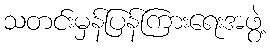
သတင်းမှန်ပြန်ကြားရေးအဖွဲ့